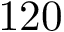
1 2 0